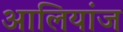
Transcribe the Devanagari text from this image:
आलियांज